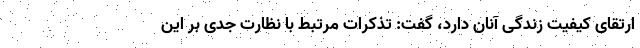
ارتقای کیفیت زندگی آنان دارد، گفت: تذکرات مرتبط با نظارت جدی بر این